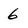
Character: 6